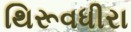
થિરૂવધીરા